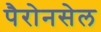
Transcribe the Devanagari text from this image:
पैरोनसेल